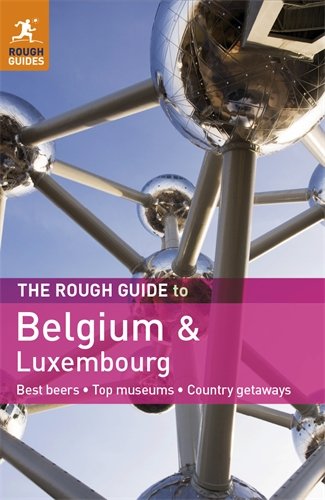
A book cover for The Rough Guide to Belgium & Luxembourg; Martin Dunford; Travel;